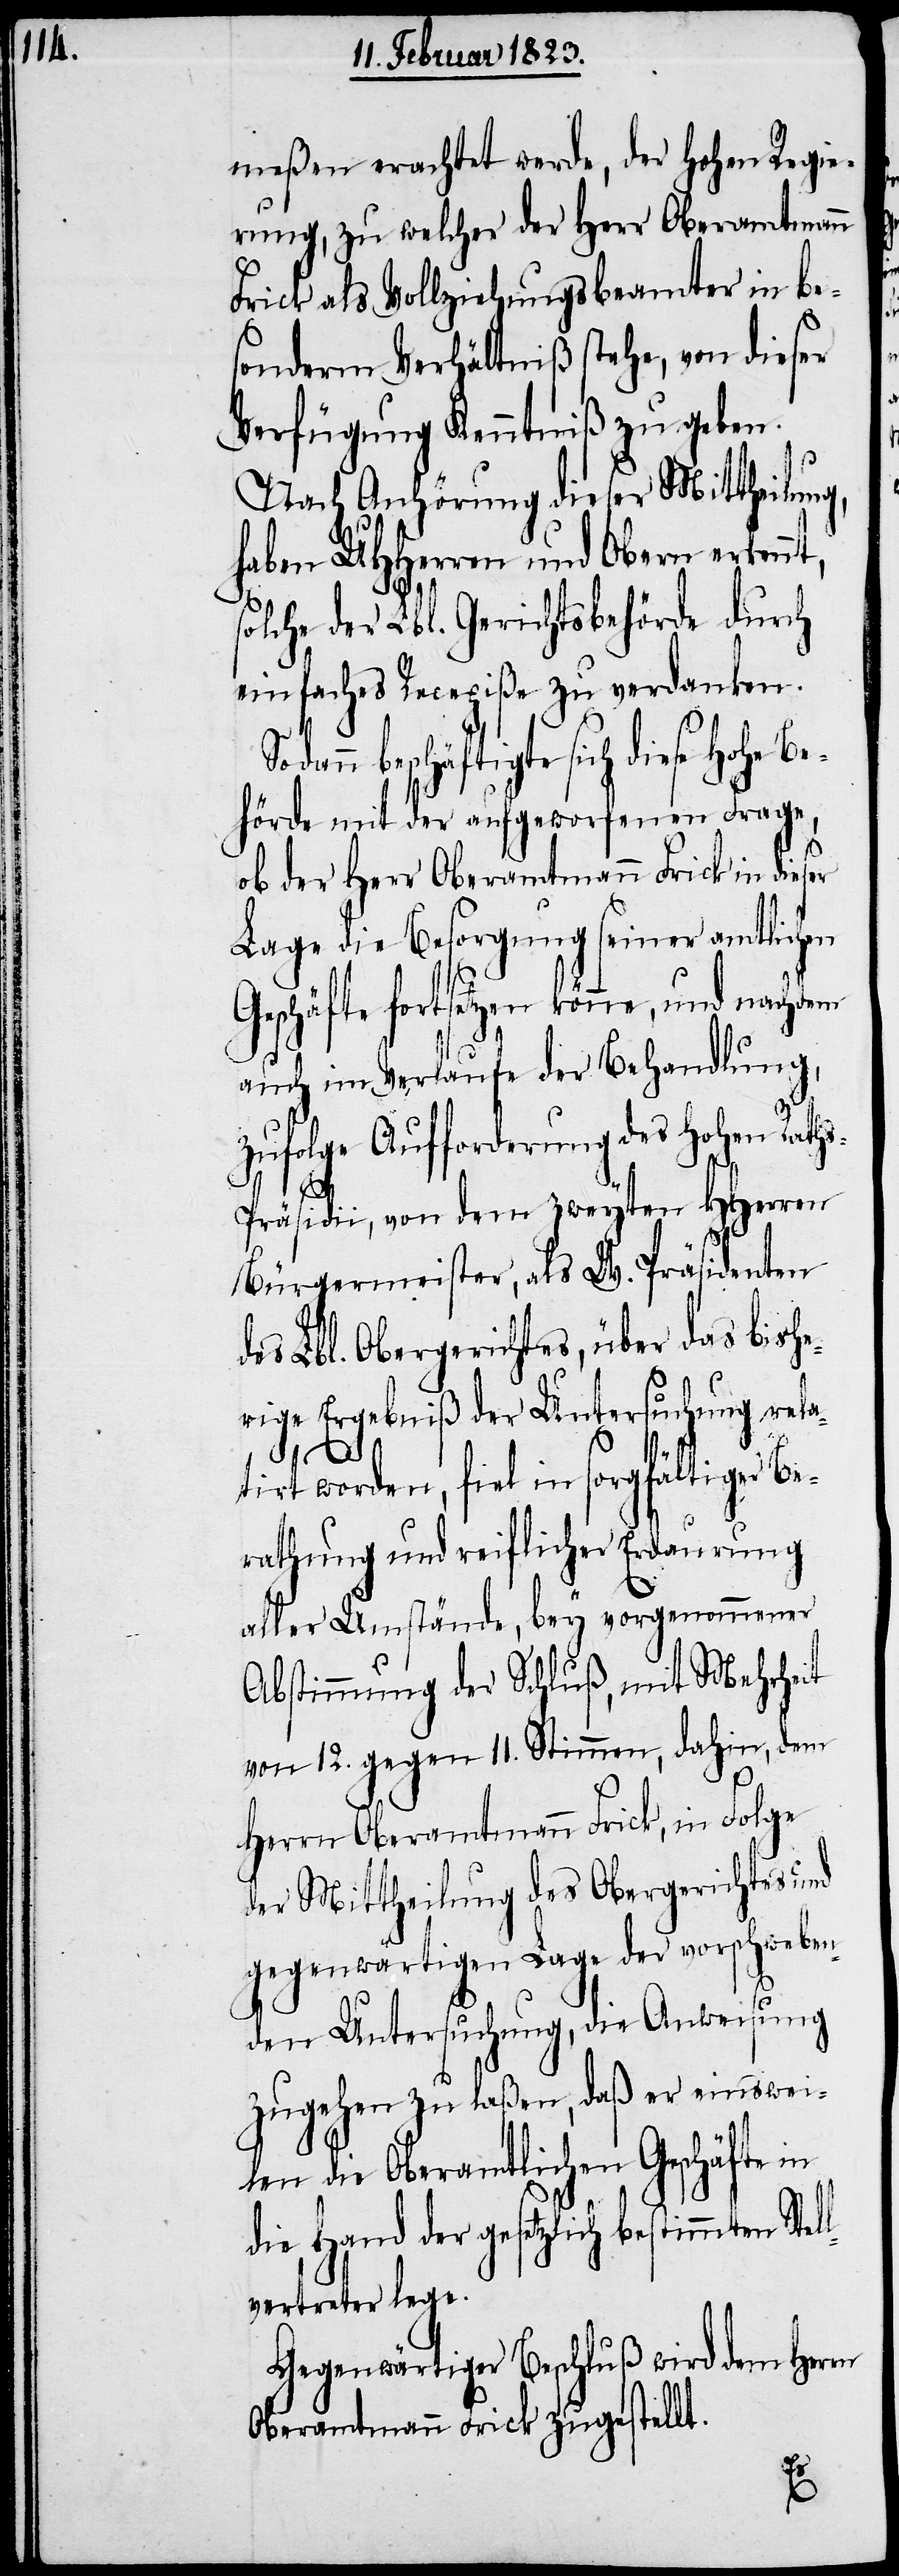
meßen erachtet werde, der Hohen Regie¬
rung, zu welcher der Herr Oberamtmann
Frick als Vollziehungsbeamter in be¬
sonderm Verhältniß stehe, von dieser
Verfügung Kenntniß zu geben.
Nach Anhörung dieser Mittheilung,
haben UHHerren und Obern erkennt,
solche der Lbl. Gerichtsbehörde durch
einfaches Recepiße zu verdanken.
beschäftigte sich diese Hohe
Behörde mit der aufgeworfenen Frage,
ob der Herr Oberamtmann Frick in dieser
Lage die Besorgung seiner amtlichen
Geschäfte fortsetzen könne, und nachdem
auch im Verlaufe der Behandlung,
zufolge Aufforderung des Hohen Rath¬
ll¬
s-Präsidii, von dem zweyten HHerren
Bürgermeister, als W. Präsidenten
des Lbl. Obergerichtes, über das bishe¬
rige Ergebniß der Untersuchung rela¬
tirt worden, fiel in sorgfältiger Be¬
rathung und reiflicher Erdaurung
aller Umstände, bey vorgenommener
Abstimmung der Schluß, mit Mehrheit
von 12. gegen 11. Stimmen, dahin, dem
Herrn Oberamtmann Frick, in Folge
der Mittheilung des Obergerichtes und
gegenwärtigen Lage der vorschweben¬
den Untersuchung, die Anweisung
zugehen zu laßen, daß er einswei¬
len die Oberamtlichen Geschäfte in
die Hand der gesetzlich bestimmten Ste¬
vertreter lege.
Gegenwärtiger Beschluß wird dem Herrn
Oberamtmann Frick zugestellt.